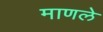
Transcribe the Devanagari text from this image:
माणले